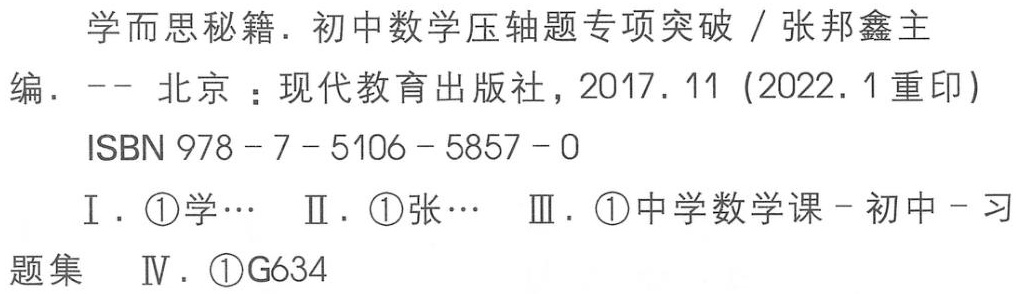
学而思秘籍. 初中数学压轴题专项突破 / 张邦鑫主编. -- 北京：现代教育出版社，2017. 11 (2022. 1重印)

ISBN 978 - 7 - 5106 - 5857 - 0

I. \textcircled{1}学… Ⅱ. \textcircled{1}张… Ⅲ. \textcircled{1}中学数学课 - 初中 - 习题集 Ⅳ. \textcircled{1}G634